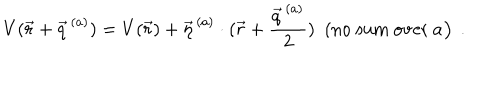
V ( \vec { r } + \vec { q } ^ { \, ( a ) } ) = V ( \vec { r } ) + \vec { \eta } ^ { \, ( a ) } \cdot ( \vec { r } + \frac { \vec { q } ^ { \, ( a ) } } { 2 } ) ~ ~ ( \mathrm { n o ~ s u m ~ o v e r ~ \mit a ) ~ ~ . }